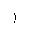
Letter: _alif